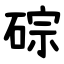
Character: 碂